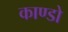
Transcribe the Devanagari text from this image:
काण्डो